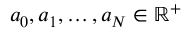
a _ { 0 } , a _ { 1 } , \dots , a _ { N } \in \mathbb { R } ^ { + }